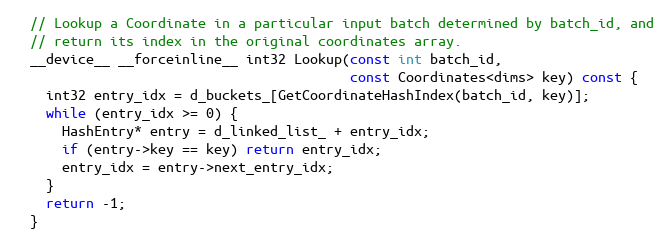
Language: C
  // Lookup a Coordinate in a particular input batch determined by batch_id, and
  // return its index in the original coordinates array.
  __device__ __forceinline__ int32 Lookup(const int batch_id,
                                          const Coordinates<dims> key) const {
    int32 entry_idx = d_buckets_[GetCoordinateHashIndex(batch_id, key)];
    while (entry_idx >= 0) {
      HashEntry* entry = d_linked_list_ + entry_idx;
      if (entry->key == key) return entry_idx;
      entry_idx = entry->next_entry_idx;
    }
    return -1;
  }